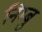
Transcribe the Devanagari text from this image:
निम्बु